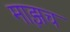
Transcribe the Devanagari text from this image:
माझच